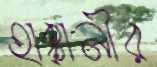
হাক্কানীর